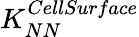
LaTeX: K_{NN}^{CellSurface}